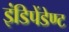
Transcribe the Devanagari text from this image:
इंडिपेंडेण्ट